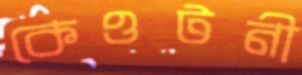
কেওটনী